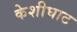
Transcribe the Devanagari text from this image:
केशीघाट